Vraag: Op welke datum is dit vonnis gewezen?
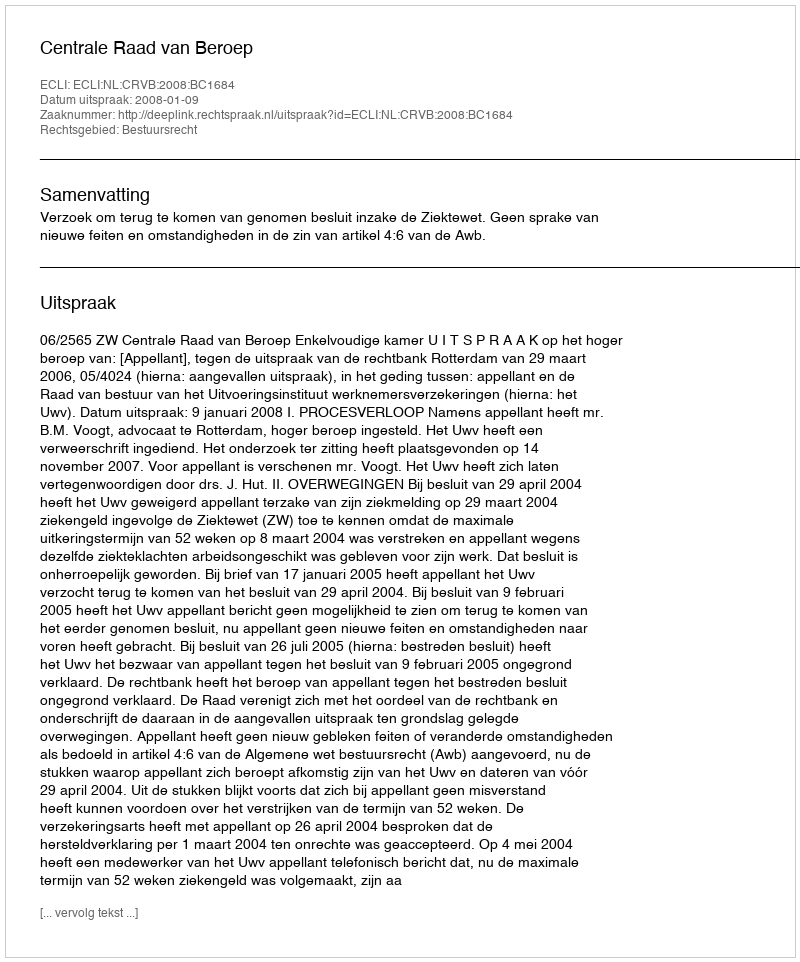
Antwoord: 2008-01-09